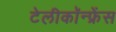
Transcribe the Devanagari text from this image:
टेलीकॉन्फ्रेंस